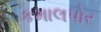
કમાલપોર